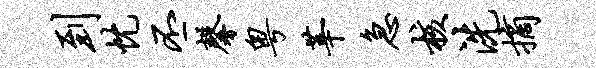
到忱丕馨粤莘急核洗摘